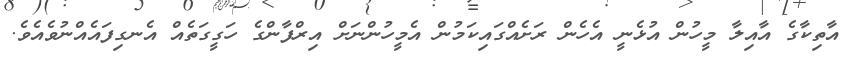
އާތިކާގެ އާއިލާ މީހުން އުޅެނީ އެހެން ރަށެއްގައިކަމުން އެމީހުންނަށް އިރްފާންގެ ހަގީގަތެއް އެނގިފައެއްނުވެއެވެ.